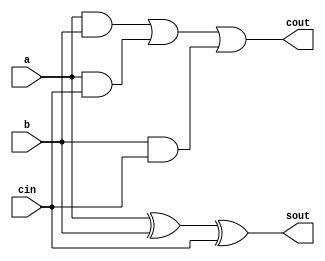
`timescale 1ns / 1ps
//////////////////////////////////////////////////////////////////////////////////
// Company: 
// Engineer: 
// 
// Design Name: 
// Module Name: fa
// Project Name: 
// Target Devices: 
// Tool Versions: 
// Description: 
// 
// Dependencies: 
// 
// Revision:
// Revision 0.01 - File Created
// Additional Comments:
// 
//////////////////////////////////////////////////////////////////////////////////

module fa(a,b,cin,sout,cout);
  output sout,cout;
  input a,b,cin;
  assign sout=(a^b^cin);
  assign cout=((a&b)|(a&cin)|(b&cin));
endmodule